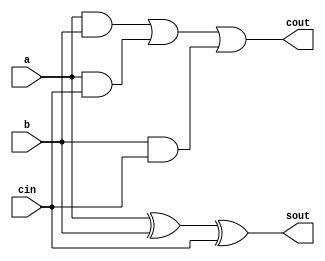
`timescale 1ns / 1ps
//////////////////////////////////////////////////////////////////////////////////
// Company: 
// Engineer: 
// 
// Design Name: 
// Module Name: fa
// Project Name: 
// Target Devices: 
// Tool Versions: 
// Description: 
// 
// Dependencies: 
// 
// Revision:
// Revision 0.01 - File Created
// Additional Comments:
// 
//////////////////////////////////////////////////////////////////////////////////

module fa(a,b,cin,sout,cout);
  output sout,cout;
  input a,b,cin;
  assign sout=(a^b^cin);
  assign cout=((a&b)|(a&cin)|(b&cin));
endmodule